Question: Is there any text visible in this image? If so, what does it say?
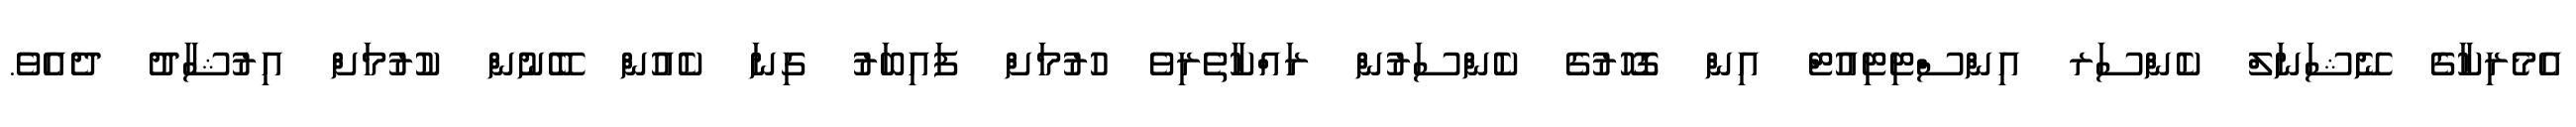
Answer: އެމެރިކާގެ ނޭޝަނަލް ކެންސަރ އިންސްޓިޓިއުޓް އިން ގޮހޮރުގެ ކެންސަރުން ރައްކާތެރިވެ ހުރުމަށް ފައިބަރު ގިނަ ކެއުން ބޭނުން ކުރުމަށް އިރުޝާދު ދެއެވެ.